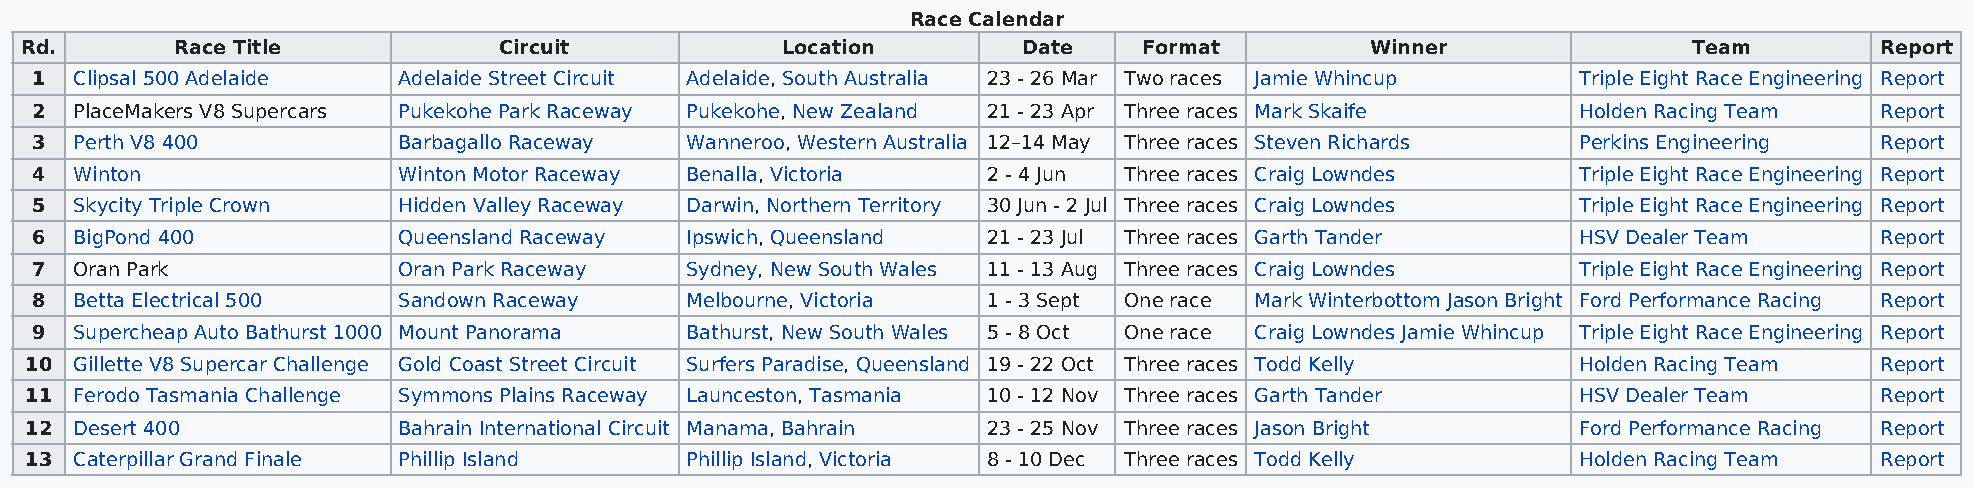
Race Calendar
 Rd.        Race Title           Circuit            Location        Date    Format         Winner               Team        Report
 1  Clipsal 500 Adelaide Adelaide Street Circuit Adelaide, South Australia 23 - 26 Mar Two races Jamie Whincup Triple Eight Race Engineering Report
 2  PlaceMakers V8 Supercars Pukekohe Park Raceway Pukekohe, New Zealand 21 - 23 Apr Three races Mark Skaife Holden Racing Team Report
 3  Perth V8 400         Barbagallo Raceway Wanneroo, Western Australia 12–14 May Three races Steven Richards Perkins Engineering Report
 4  Winton               Winton Motor Raceway Benalla, Victoria 2 - 4 Jun Three races Craig Lowndes     Triple Eight Race Engineering Report
 5  Skycity Triple Crown Hidden Valley Raceway Darwin, Northern Territory 30 Jun - 2 Jul Three races Craig Lowndes Triple Eight Race Engineering Report
 6  BigPond 400          Queensland Raceway Ipswich, Queensland 21 - 23 Jul Three races Garth Tander    HSV Dealer Team    Report
 7  Oran Park            Oran Park Raceway  Sydney, New South Wales 11 - 13 Aug Three races Craig Lowndes Triple Eight Race Engineering Report
 8  Betta Electrical 500 Sandown Raceway    Melbourne, Victoria 1 - 3 Sept One race Mark Winterbottom Jason Bright Ford Performance Racing Report
 9  Supercheap Auto Bathurst 1000 Mount Panorama Bathurst, New South Wales 5 - 8 Oct One race Craig Lowndes Jamie Whincup Triple Eight Race Engineering Report
 10 Gillette V8 Supercar Challenge Gold Coast Street Circuit Surfers Paradise, Queensland 19 - 22 Oct Three races Todd Kelly Holden Racing Team Report
 11 Ferodo Tasmania Challenge Symmons Plains Raceway Launceston, Tasmania 10 - 12 Nov Three races Garth Tander HSV Dealer Team Report
 12 Desert 400           Bahrain International Circuit Manama, Bahrain 23 - 25 Nov Three races Jason Bright Ford Performance Racing Report
 13 Caterpillar Grand Finale Phillip Island Phillip Island, Victoria 8 - 10 Dec Three races Todd Kelly  Holden Racing Team Report